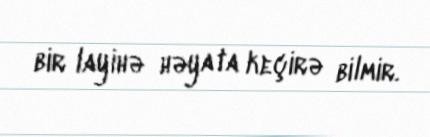
bir layihə həyata keçirə bilmir.